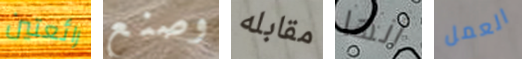
رائعتين وصنع مقابله أنها العمل